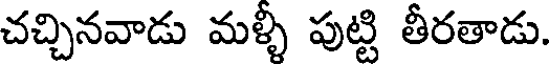
చచ్చినవాడు మళ్ళీ పుట్టి తీరతాడు.